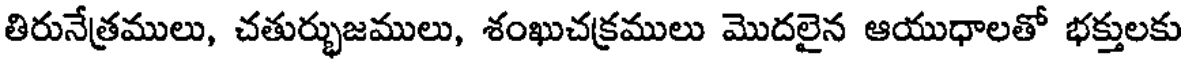
తిరునేత్రములు, చతుర్భుజములు, శంఖుచక్రములు మొదలైన ఆయుధాలతో భక్తులకు